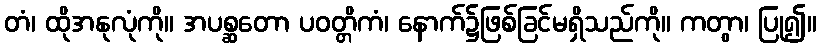
တံ၊ ထိုအနုလုံကို။ အပစ္ဆတော ပဝတ္တိကံ၊ နောက်၌ဖြစ်ခြင်မရှိသည်ကို။ ကတွာ၊ ပြု၍။